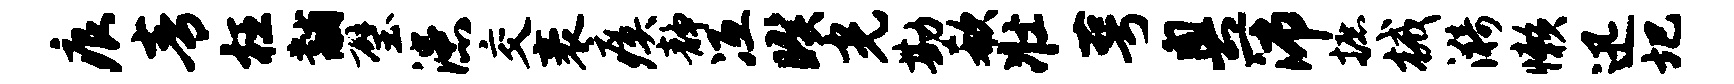
痕青枉黼璧漶交袤瘼静冱暌光勘欷壮萼奥一沛摭械漪懒迅圯